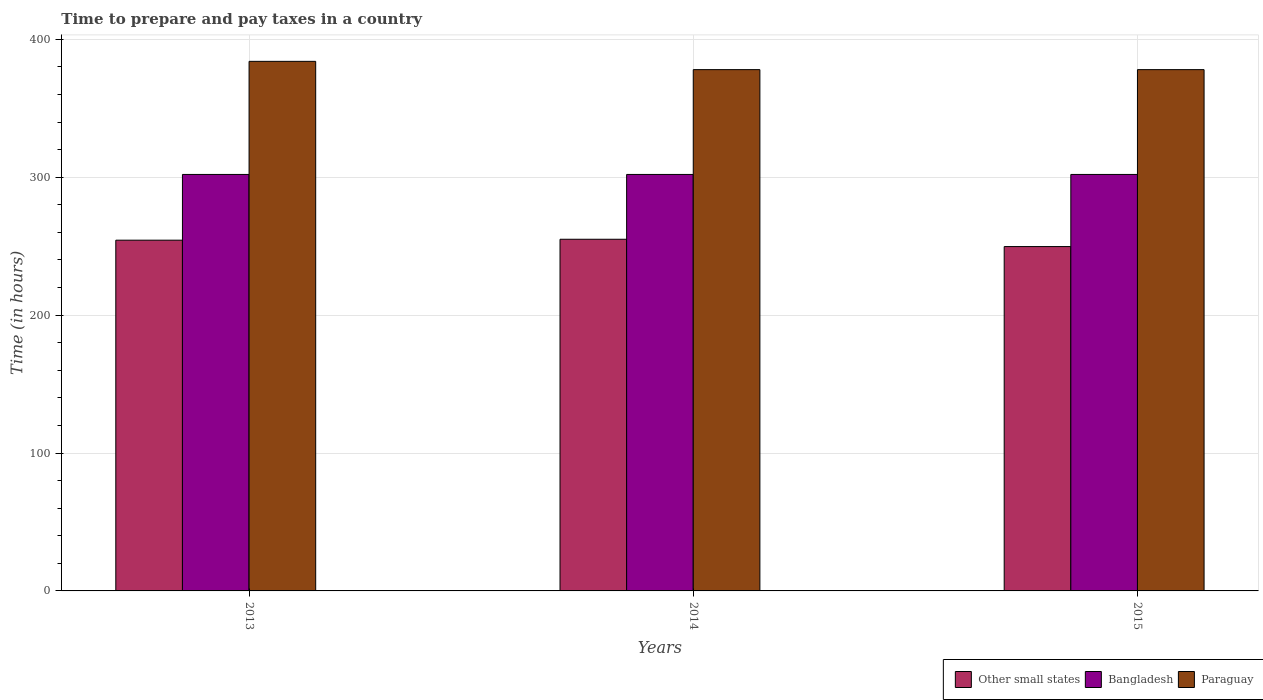
| Years | Other small states | Bangladesh | Paraguay |
 | --- | --- | --- | --- |
 | 2013 | 254 | 302 | 384 |
 | 2014 | 255 | 302 | 378 |
 | 2015 | 250 | 302 | 378 |